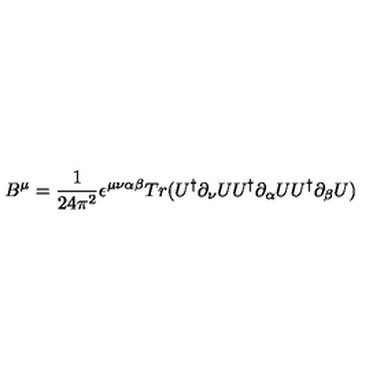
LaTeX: B ^ { \mu } = \frac { 1 } { 2 4 \pi ^ { 2 } } \epsilon ^ { \mu \nu \alpha \beta } T r ( U ^ { \dagger } \partial _ { \nu } U U ^ { \dagger } \partial _ { \alpha } U U ^ { \dagger } \partial _ { \beta } U )